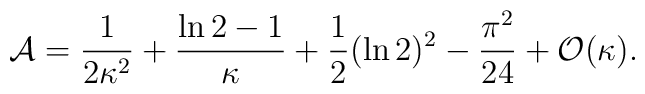
{\cal A} = {1\over 2\kappa^{2}} + {\ln 2 -1\over\kappa} + {1\over 2}(\ln 2)^{2} - {\pi^{2}\over 24} + {\cal O}(\kappa).